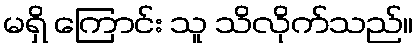
မရှိ ကြောင်း သူ သိလိုက်သည်။